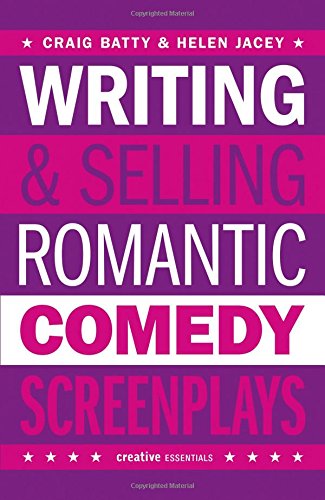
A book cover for Writing & Selling Romantic Comedy Screenplays (Writing & Selling Screenplays); Craig Batty; Romance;